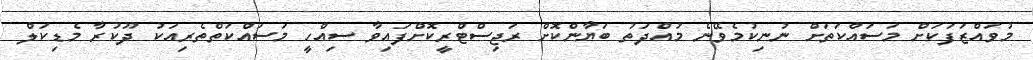
މުވައްޒަފަކަށް މަސައްކަތަށް ނުނިކުމެވޭނެ މުއްދަތު ބަޔާންކޮށް ރަޖިސްޓްރީކޮށްފައިވާ ސިއްހީ މަސައްކަތްތެރިއަކު ދޫކުރާ މެޑިކަލް